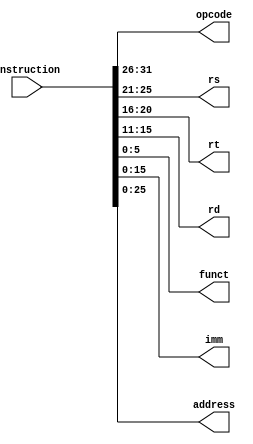
module split_instruction_fields (opcode, rs, rt, rd, funct, imm, address, instruction);
    input [31:0] instruction;
    output [5:0] opcode;
    output [4:0] rs;
    output [4:0] rt;
    output [4:0] rd;
    output [5:0] funct;
    output [15:0] imm;
    output [25:0] address;
    
    assign opcode = instruction[31:26];
    assign rs = instruction[25:21];
    assign rt = instruction[20:16];
    assign rd = instruction[15:11];
    assign funct = instruction[5:0];
    assign imm = instruction[15:0];
    assign address = instruction[25:0];
endmodule